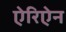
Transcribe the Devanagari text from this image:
ऐरिऐन